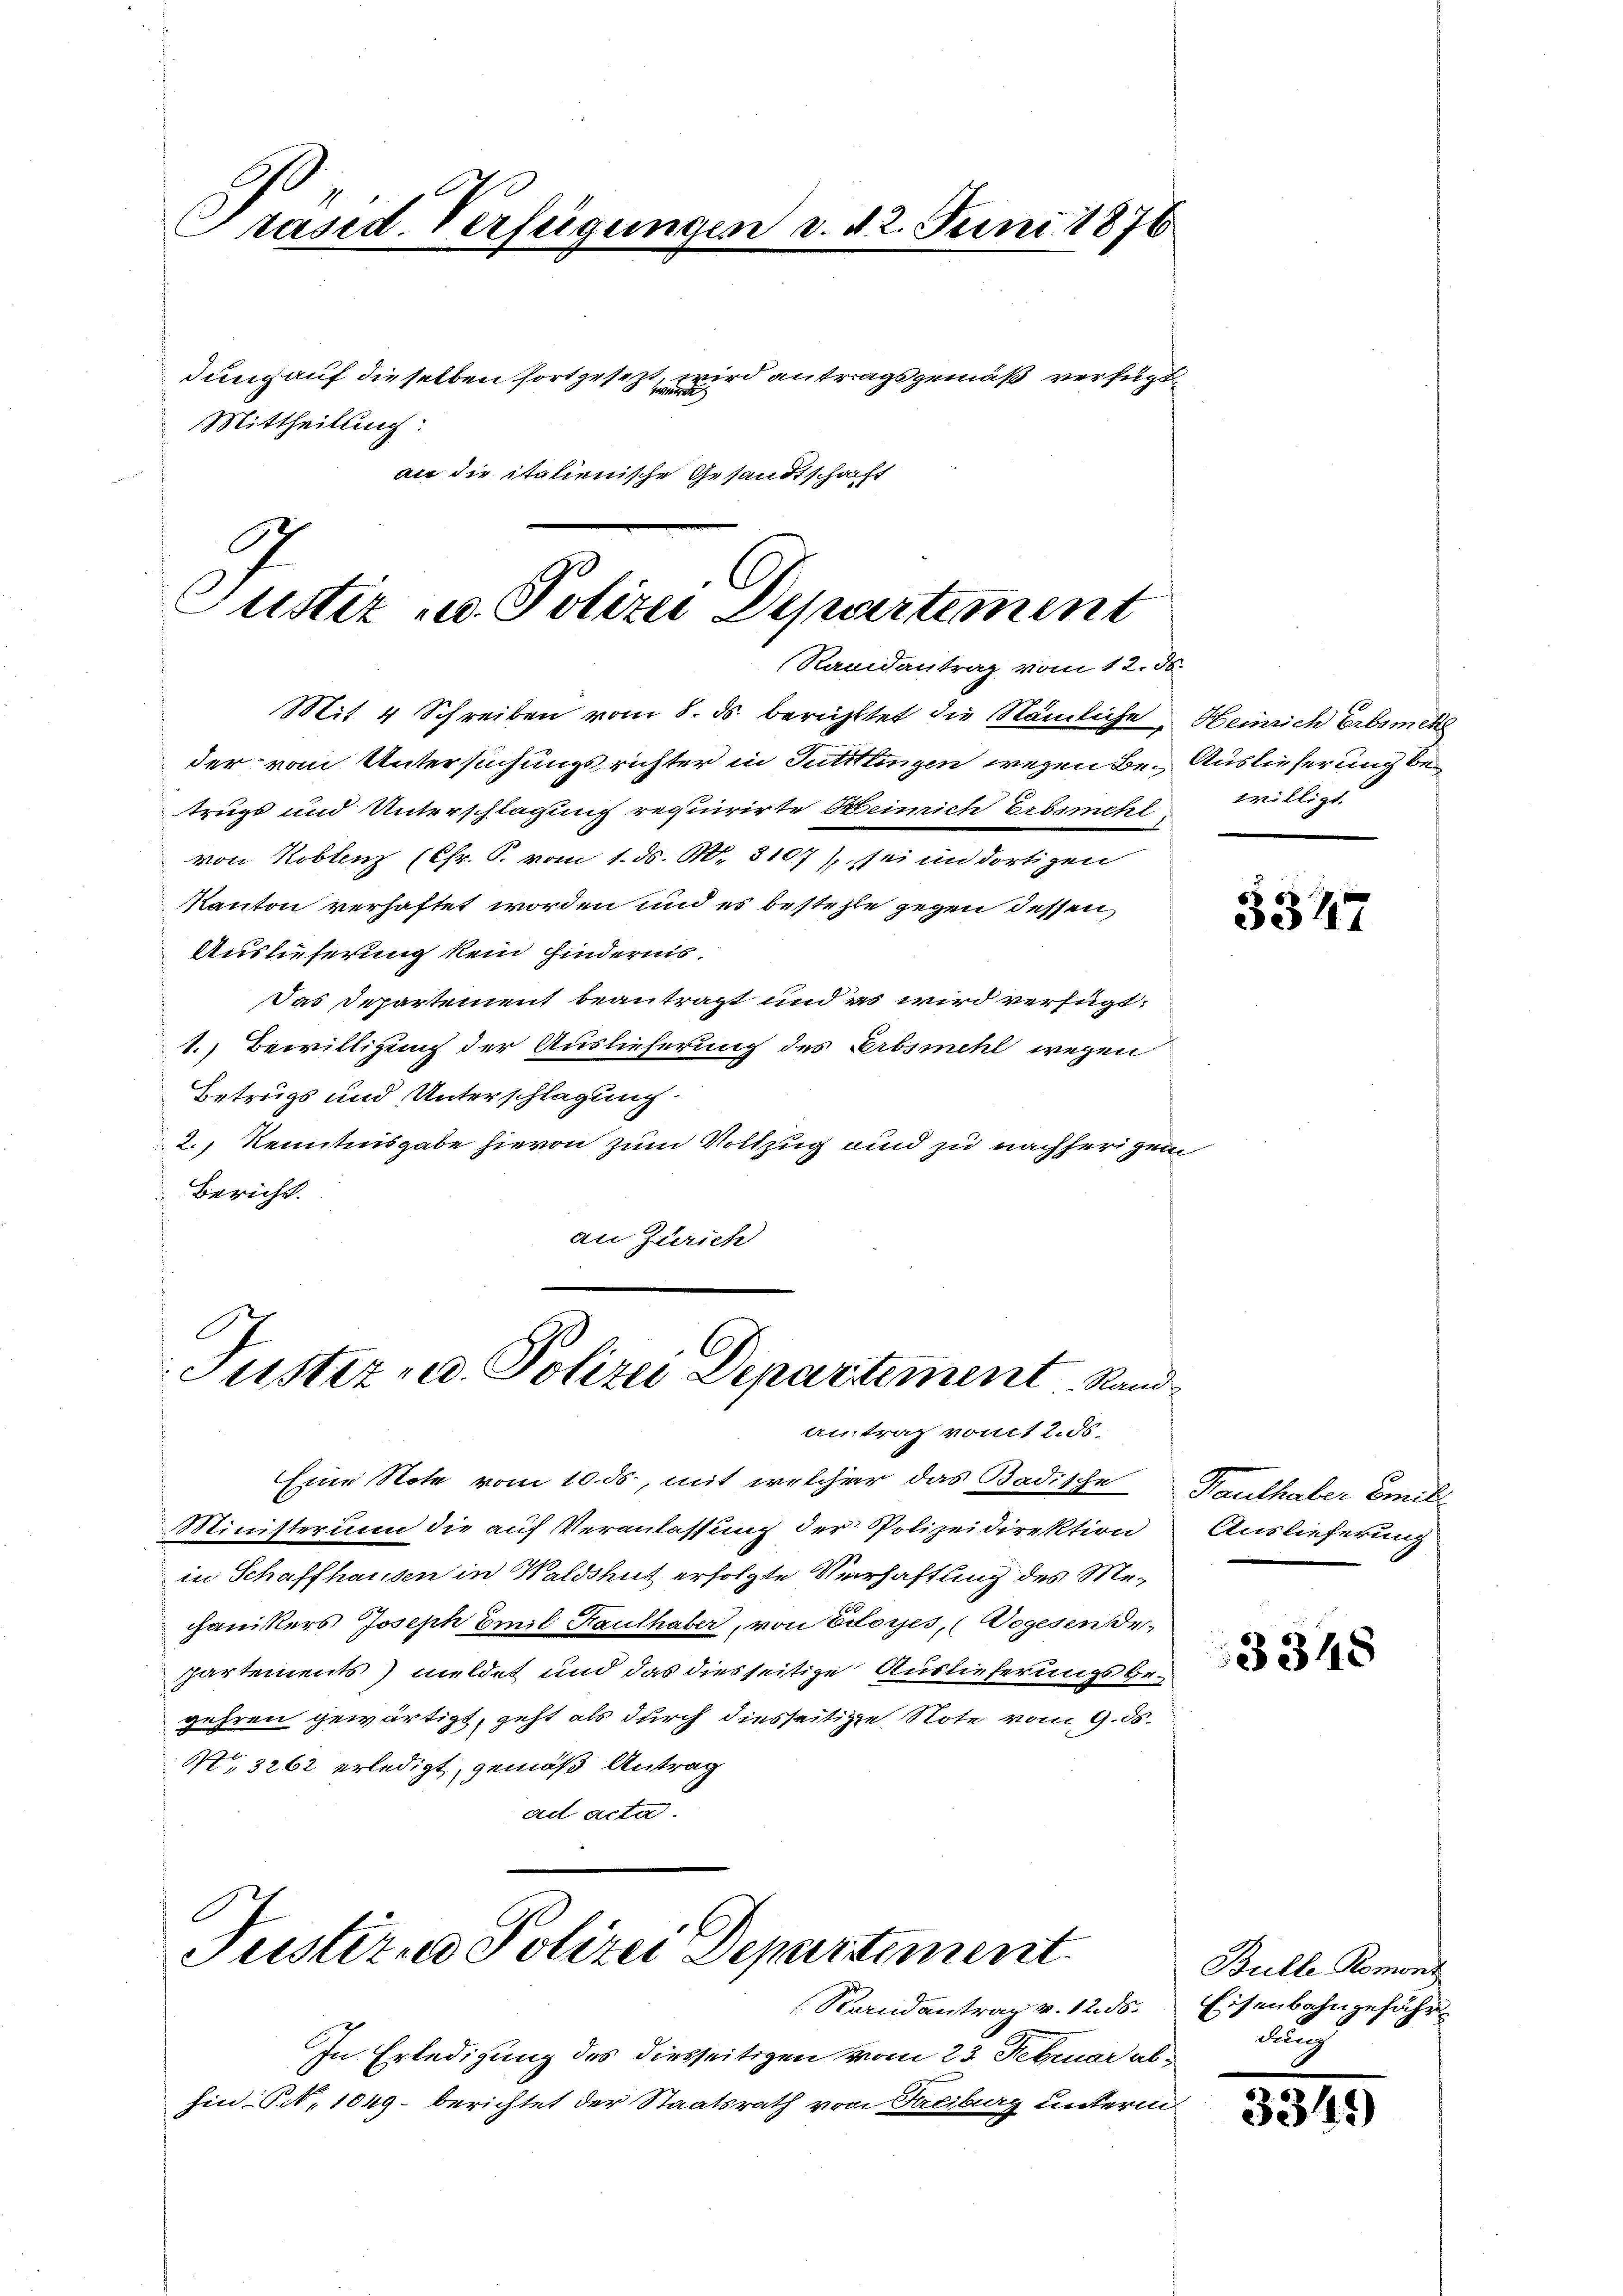
Präsid. Verfügungen d. 12. Juni 1876
dung auf dieselben fortgesezt, wird antragsgemäß verfügt,
Mittheilung:
an die italienische Gesandtschrift

Justiz u. Polizei Departement

Randantrag vom 12. ds.
Mit 4 Schreiben vom 8. ds. berichttet die Nämliche Heinrich Erbsmeke
der vom Untersuchungsrichter in Tuttlingen wegen Be- Auslieferung bei
trugs und Unterschlagung requirirte Heinrich Erbsmehl
von Koblenz (Cfr. S. vom 1. ds. No. 8107), sei un dortigen
Kanton verhaftet worden und es bestehle gegen dessen,
Auslieferung kein Hindernis.
Das Departement beantragt und es wird verfügt:
1. Bewilligung der Auslieferung des Erbsmehl wegen
Betrugs und Unterschlagung.
2.) Kenntnisgabe hievon zum Vollzug und zu nachherigen
Bericht.
an Zürich

Justiz- u. Polizei Departement Rand

Justizio Polizei Departement.

Antrag vom 2. ds.
Eine Note vom 10. ds., mit welcher das Badische Hauthaber Breil
Ministerium die auf Veranlassung der Polizeidirektion
in Schaffhausen in Waldshut erfolgte Verhaftung des Mechanikers Joseph Emil Hauthaber, von Eitores, (Wegesende
partements) meldet und das diesseitige Auslieferungsbegehren gewärtigt, geht als durch diesseitige Note vom 9. ds.
4,3262 erledigt, gemäß Antrag
ad acta.

Sendantrag v. 12. ds.
In Erledigung des diesseitigen vom 23. Februar abhin P. 1049. berichtet der Staatsrath von Freiburg unterm

willigt.

3347

Auslieferung

3348

Bulle Romont
Eisenbahngefähr
durch

33149)